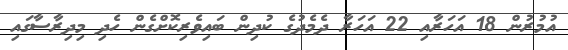
އުމުރުން 18 އަހަރާއި 22 އަހަރާ ދެމެދުގެ ކުދިން ބައިވެރިކޮށްގެން ހެދި މިދިރާސާގައި